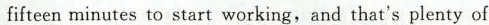
fifteen minutes to start working,and that's plenty of